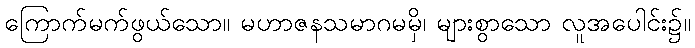
ကြောက်မက်ဖွယ်သော။ မဟာဇနသမာဂမမှိ၊ များစွာသော လူအပေါင်း၌။